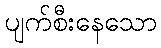
ပျက်စီးနေသော